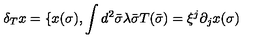
\delta _ { T } x = \{ x ( \sigma ) , \int { } d ^ { 2 } \bar { \sigma } \lambda \bar { \sigma } T ( \bar { \sigma } ) = \xi ^ { j } \partial _ { j } x ( \sigma )